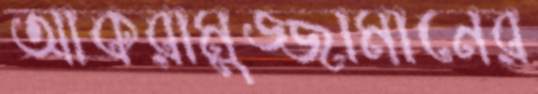
আকরামুজ্জামানের